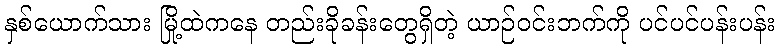
နှစ်ယောက်သား မြို့ထဲကနေ တည်းခိုခန်းတွေရှိတဲ့ ယာဉ်ဝင်းဘက်ကို ပင်ပင်ပန်းပန်း